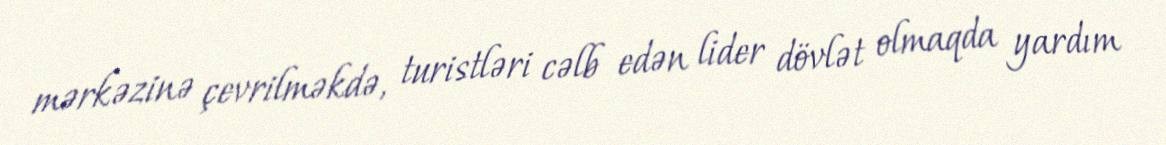
mərkəzinə çevrilməkdə, turistləri cəlb edən lider dövlət olmaqda yardım